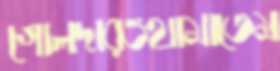
গোলদারওথামাতেম